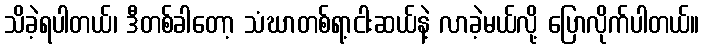
သိခဲ့ရပါတယ်၊ ဒီတစ်ခါတော့ သံဃာတစ်ရာ့ငါးဆယ်နဲ့ လာခဲ့မယ်လို့ ပြောလိုက်ပါတယ်။